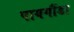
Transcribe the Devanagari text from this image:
पायगौंडा